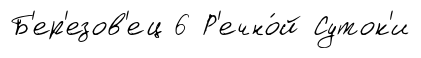
Б'ер'езов'ец 6 Р'ечно́й Суток'и